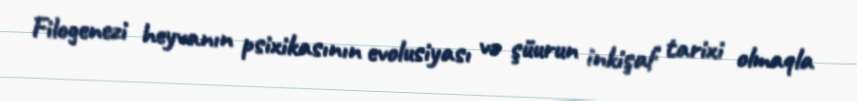
Filogenezi heyvanın psixikasının evolusiyası və şüurun inkişaf tarixi olmaqla